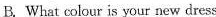
B. What colour is your new dress